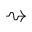
\rightsquigarrow